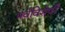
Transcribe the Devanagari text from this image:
पर्वविशेषीं